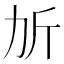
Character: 𣂒